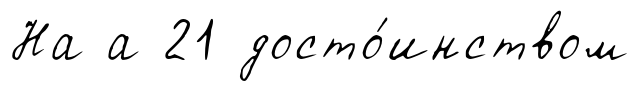
На а 21 досто́инством